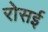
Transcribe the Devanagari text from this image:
रोसई